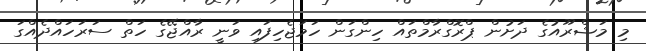
މި މަޝްރޫއުގެ ދަށުން ޕްރޮގްރާމްތައް ހިންގަން ހަމަޖެހިފައި ވަނީ ރާއްޖޭގެ ހަތް ސަރަހައްދެއްގަ